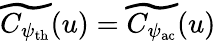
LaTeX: \widetilde{C_{\psi_{\mathrm{th}}}}(u)=\widetilde{C_{\psi_{\mathrm{ac}}}}(u)